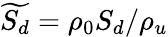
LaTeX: \widetilde{S_{d}}=\rho_{0}S_{d}/\rho_{u}